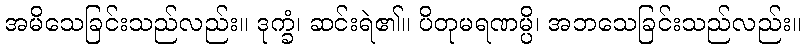
အမိသေခြင်းသည်လည်း။ ဒုက္ခံ၊ ဆင်းရဲ၏။ ပိတုမရဏမ္ပိ၊ အဘသေခြင်းသည်လည်း။